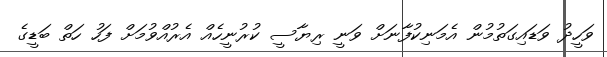
ވަހީދު ވަޑައިގަތުމުން އެމަނިކުފާނަށް ވަނީ ރިޔާސީ ކުރުނީހެއް އެރުއްވުމަށް ފަހު ހަތް ބަޑީގެ